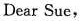
Dear Sue,